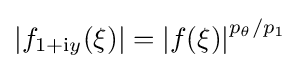
{\textstyle \left\vert f_{1+\mathrm {i} y}(\xi )\right\vert =\left\vert f(\xi )\right\vert ^{p_{\theta }/p_{1}}}